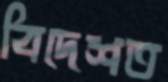
বিদেশত